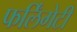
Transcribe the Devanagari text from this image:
फर्लिंगेटी